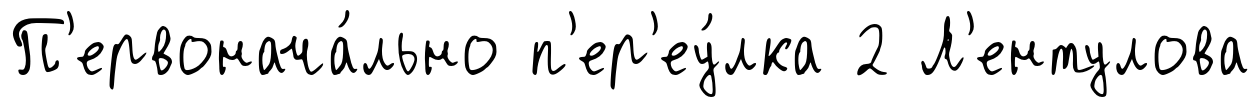
П'ервонача́льно п'ер'еу́лка 2 Л'ентулова